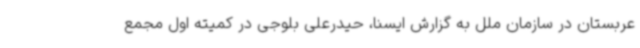
عربستان در سازمان ملل به گزارش ایسنا، حیدرعلی بلوجی در کمیته اول مجمع